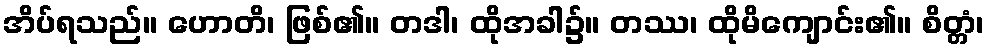
အိပ်ရသည်။ ဟောတိ၊ ဖြစ်၏။ တဒါ၊ ထိုအခါ၌။ တဿ၊ ထိုမိကျောင်း၏။ စိတ္တံ၊